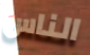
الناس